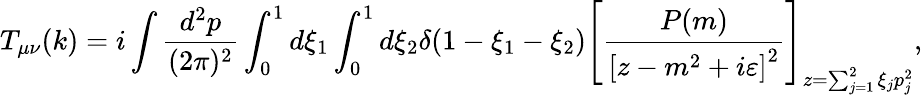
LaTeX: T_{\mu\nu}(k)=i\int\frac{d^{2}p}{(2\pi)^{2}}\int_{0}^{1}d\xi_{1}\int_{0}^{1}d\xi_{2}\delta(1-\xi_{1}-\xi_{2})\left[\frac{P(m)}{\left[z-m^{2}+i\varepsilon\right]^{2}}\right]_{z=\sum_{j=1}^{2}\xi_{j}p_{j}^{2}},